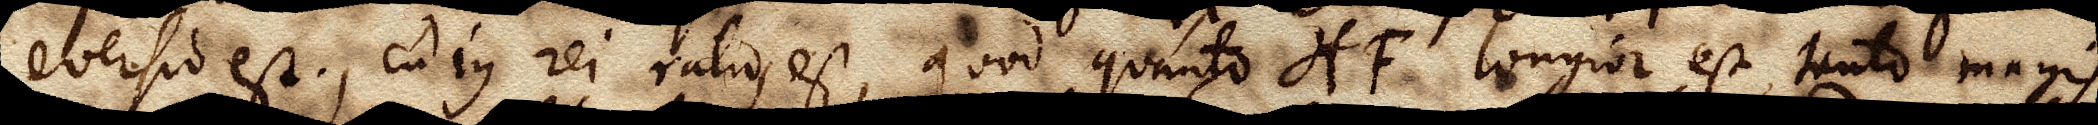
eversio est, cujus rei ratio est, quod quanto HF longior est, tanto magis